Vabadussoja_Ajaloo_Komitee, lk 36
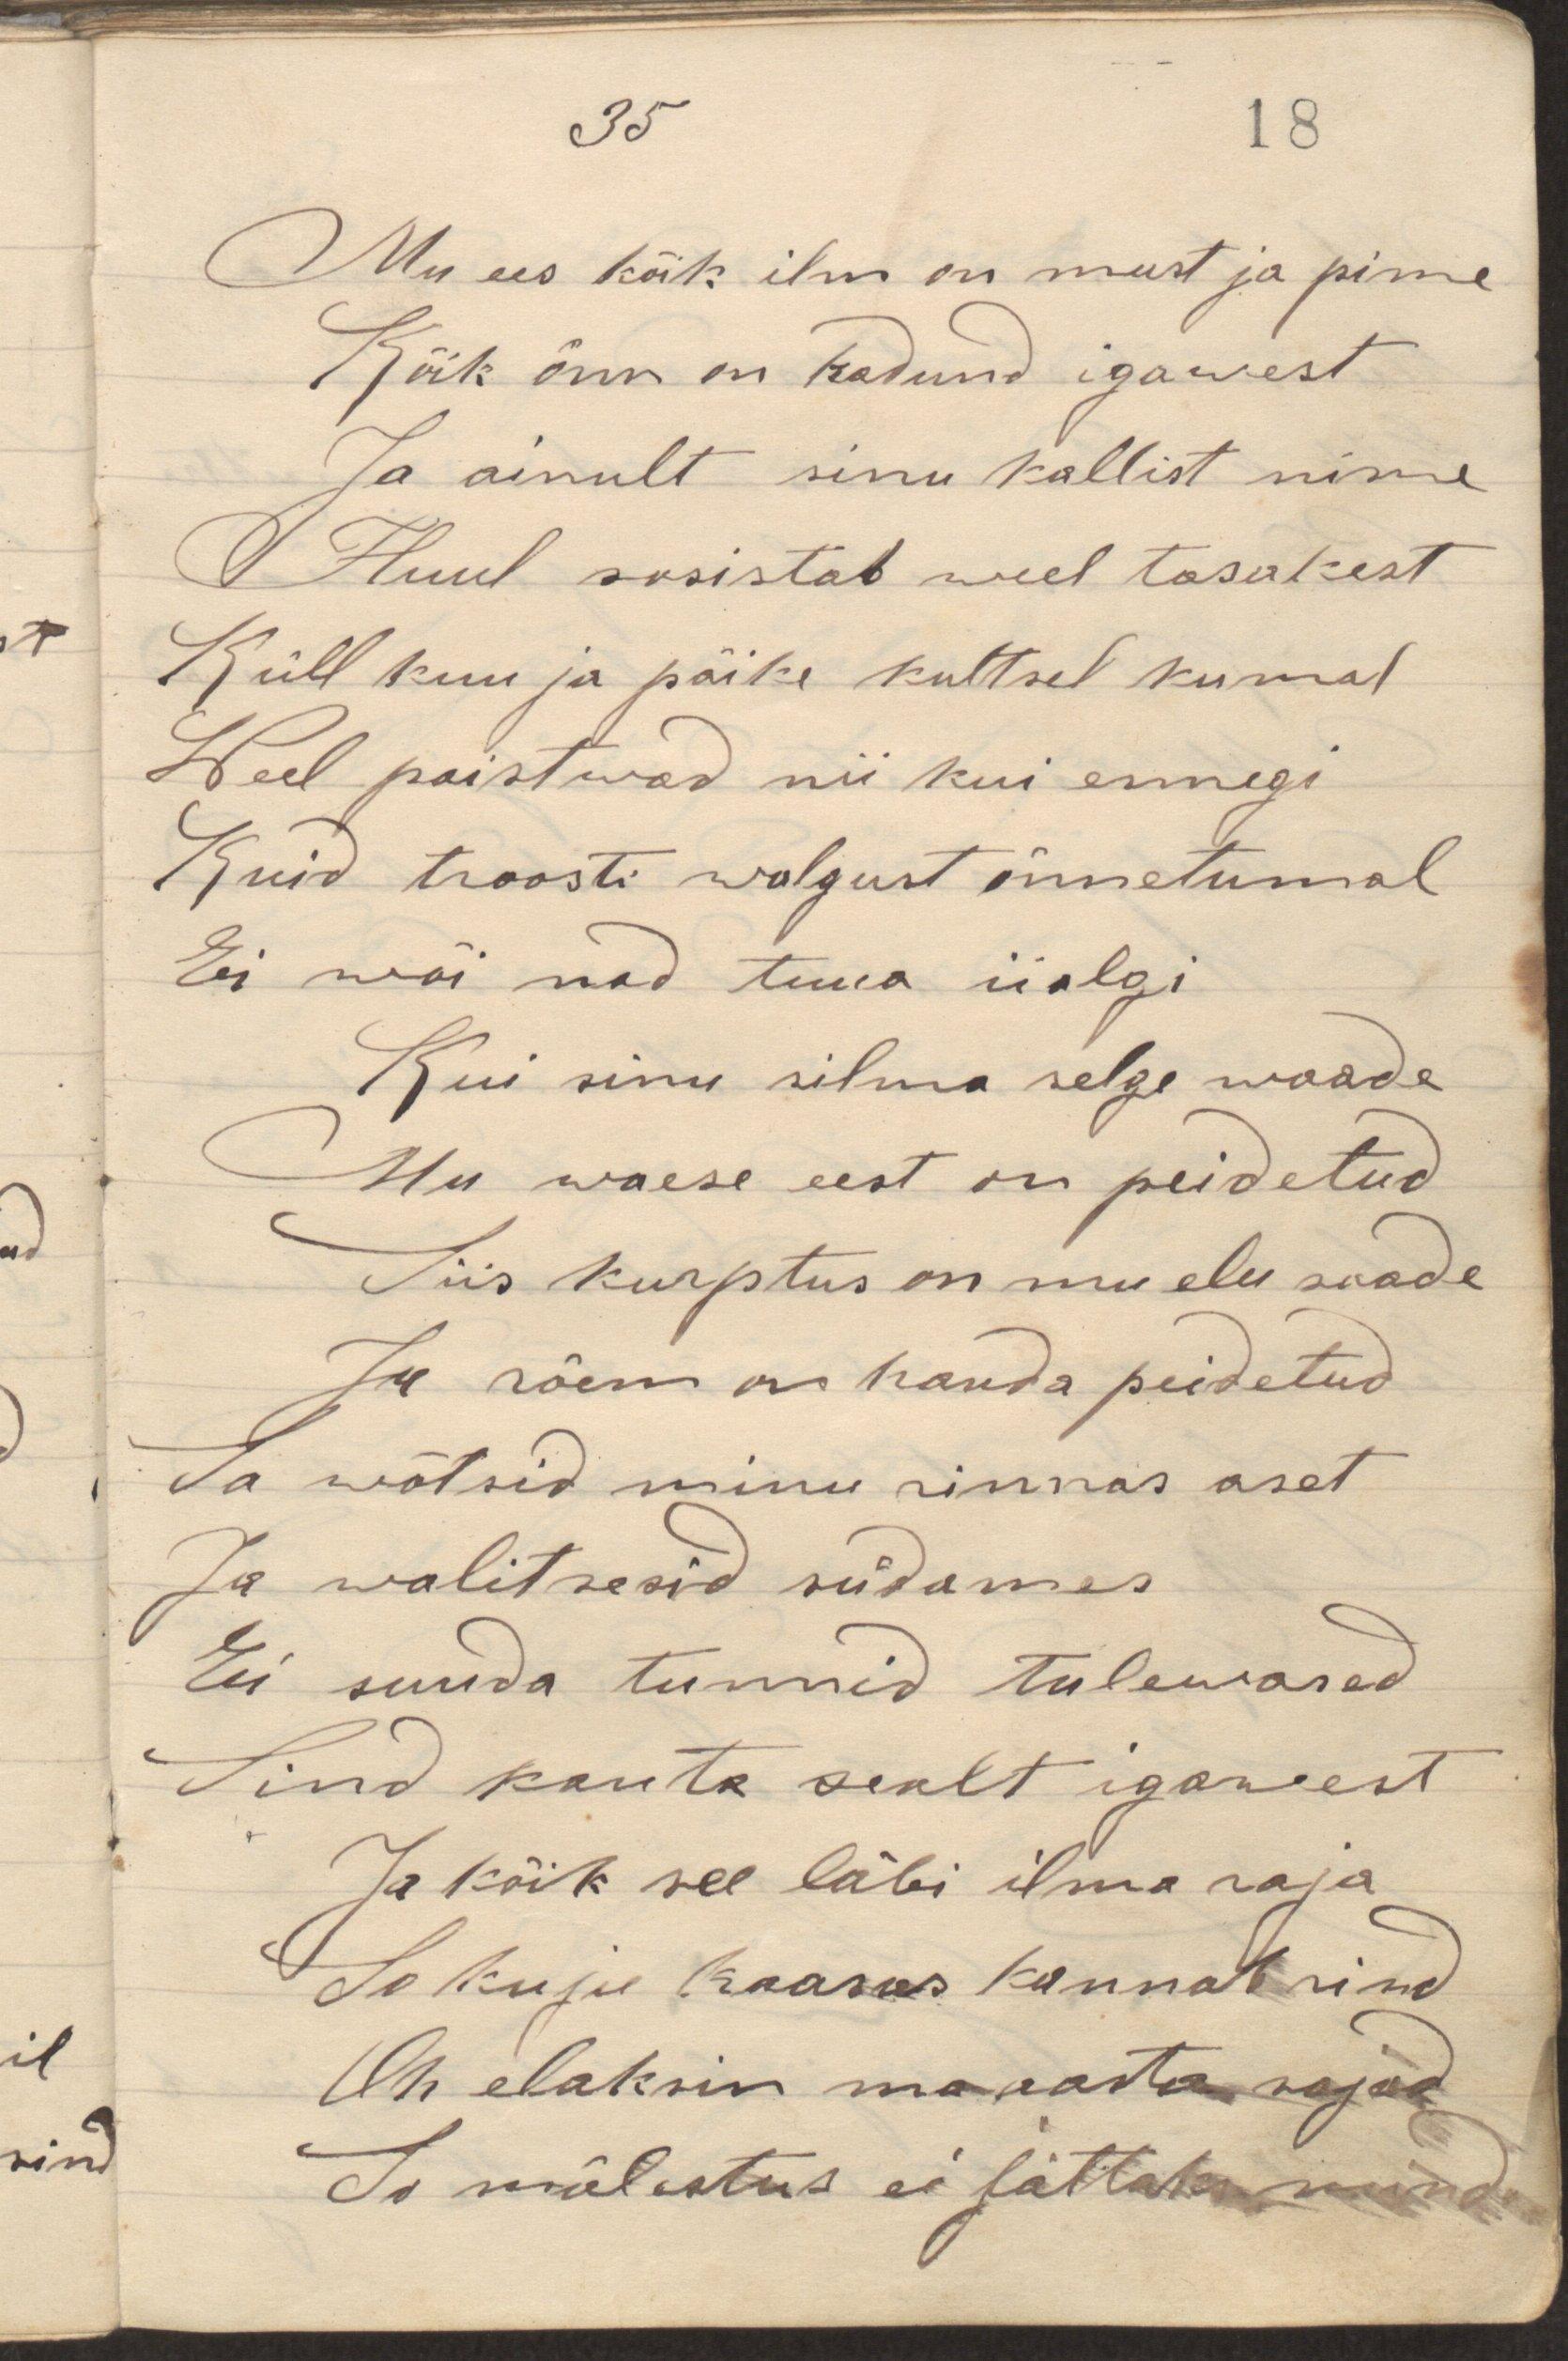
Mu ees kõik ilus on must ja pime
Kõik õnn on kadund igawest
Ja ainult sinu kallist nime
Huul sosistab weel tasakest
Küll kuu ja päike kultsel kumal
Weel paistwad nii kui ennegi
Kuid troosti walgust õnnetumal
Ei wõi nad tuua iialgi
Kui sinu silma selge waade
Mu waese eest on peidetud
Siis kurptus on mu elu saade
Ju rõem on hauda peidetud
Sa wõtsid minu rinnas aset
Ja walitsesid südames
Ei suuda tunnid tulewased
Sind kauta sealt igawest
Ja kõik see läbi ilma raja
Su kuju kaasas kannab sind
Oh elaksin ma aasta sajad
Su mälestus ei jättaks mind.